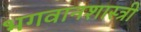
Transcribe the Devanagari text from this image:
भगवानशास्त्री